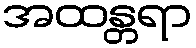
အထန္တရာ